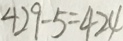
4 2 9 - 5 = 4 2 4